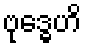
ဗုဒ္ဓေဟိ